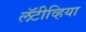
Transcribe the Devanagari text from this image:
लॅटीव्हिया